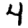
Digit: 4